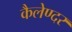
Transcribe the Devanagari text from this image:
कैलेण्दर